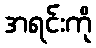
အရင်းကို